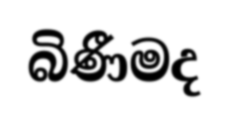
බිණීමද